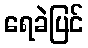
ရေခဲပြင်